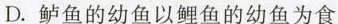
D.鲈鱼的幼鱼以鲤鱼的幼鱼为食